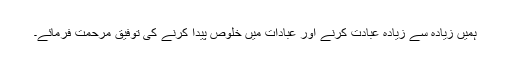
ہمیں زیادہ سے زیادہ عبادت کرنے اور عبادات میں خلوص پیدا کرنے کی توفیق مرحمت فرمائے۔